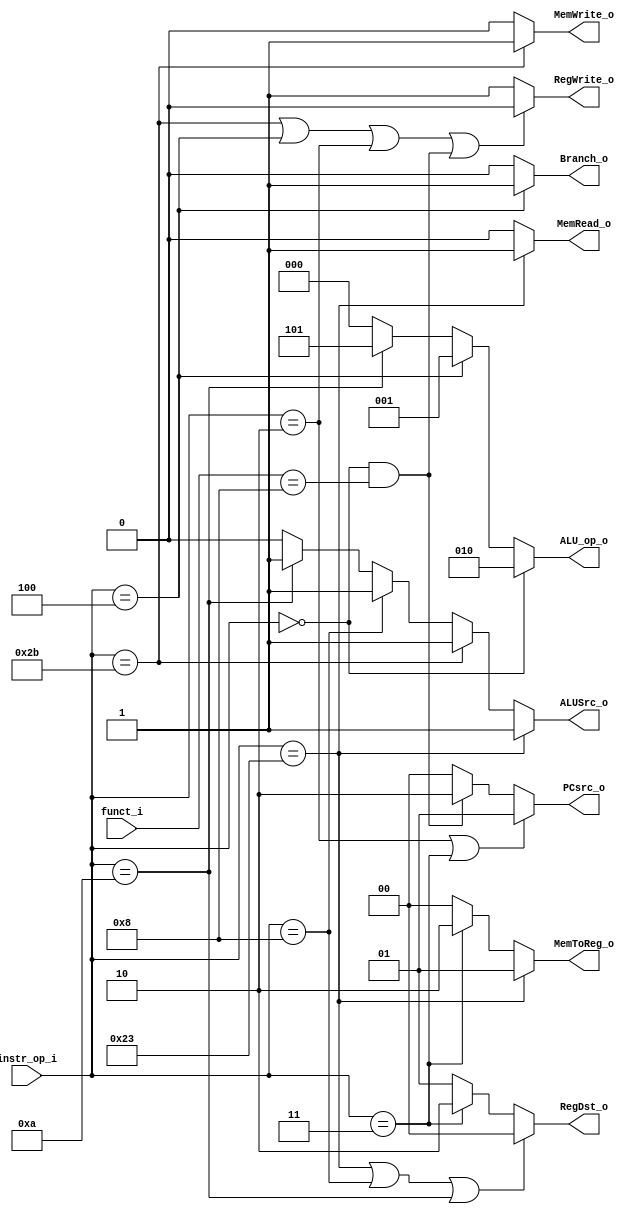
//Subject:     CO project 2 - Decoder
//--------------------------------------------------------------------------------
//Version:     1
//--------------------------------------------------------------------------------
//Writer:      Luke
//----------------------------------------------
//----------------------------------------------
//Description: 
//--------------------------------------------------------------------------------

module Decoder(
    instr_op_i,
	funct_i,
	RegWrite_o,
	ALU_op_o,
	ALUSrc_o,
	RegDst_o,
	Branch_o,
	PCsrc_o,
	MemWrite_o,
	MemRead_o,
	MemToReg_o
	);
     
//I/O ports
input  [6-1:0] instr_op_i;
input  [6-1:0] funct_i;

output         RegWrite_o;
output [3-1:0] ALU_op_o;//ALUOp
output         ALUSrc_o;//ALUSrc2
output [2-1:0] RegDst_o;//RegDst
output         Branch_o;//Branch
output [2-1:0] PCsrc_o;
output         MemWrite_o;
output         MemRead_o;
output [2-1:0] MemToReg_o;




//Internal Signals //-----------------reg
wire         RegWrite_o;
wire [3-1:0] ALU_op_o;//ALUOp
wire         ALUSrc_o;//ALUSrc2
wire [2-1:0] RegDst_o;//RegDst
wire         Branch_o;//Branch
wire [2-1:0] PCsrc_o;
wire         MemWrite_o;
wire         MemRead_o;
wire [2-1:0] MemToReg_o;

//Parameter
parameter addi = 6'h08;
parameter slti = 6'h0a;
parameter beq  = 6'h04;
parameter lw   = 6'h23;
parameter sw   = 6'h2b;
parameter jal  = 6'h03;
parameter j    = 6'h02;
parameter typeR= 6'h00;

parameter add  = 6'h20;
parameter sub  = 6'h22;
parameter _and = 6'h24;
parameter _or  = 6'h25;
parameter slt  = 6'h2a;
parameter jr   = 6'h08;



//Main function
assign PCsrc_o[1:0]= (instr_op_i == j || instr_op_i == jal )?2'b01: (instr_op_i == typeR && funct_i == jr)?2'b10:2'b0;
assign Branch_o = (instr_op_i == beq)?1'b1:1'b0;
assign RegWrite_o = (instr_op_i == sw || instr_op_i == beq || instr_op_i == j ||(instr_op_i == typeR && funct_i == jr))?1'b0:1'b1;
assign RegDst_o = (instr_op_i == lw  ||  instr_op_i ==  addi || instr_op_i == slti )?2'b0: (instr_op_i == jal)?2'b10:2'b01;
assign MemRead_o = (instr_op_i == lw)?1'b1:1'b0;
assign MemWrite_o = (instr_op_i == sw)?1'b1:1'b0;
assign MemToReg_o = (instr_op_i == lw)?2'b01:(instr_op_i == jal)?2'b10:2'b0;
assign ALUSrc_o=(instr_op_i == lw)?1'b1:
				   (instr_op_i == sw)?1'b1:
				   (instr_op_i == addi)?1'b1:
				   (instr_op_i == slti)?1'b1:1'b0;
assign ALU_op_o[2:0] = 
		(instr_op_i == typeR)? 3'b010:
		(instr_op_i == beq)? 3'b001: 
		(instr_op_i == slti )? 3'b101: 3'b000;


endmodule